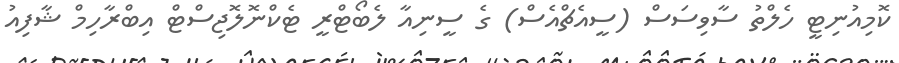
ކޮމިއުނިޓީ ހެލްތު ސާވިސަސް (ސީއެޗްއެސް) ގެ ސީނިއާ ލެބޯޓްރީ ޓެކްނޮލޮޖިސްޓް އިބްރާހިމް ޝާފިއު